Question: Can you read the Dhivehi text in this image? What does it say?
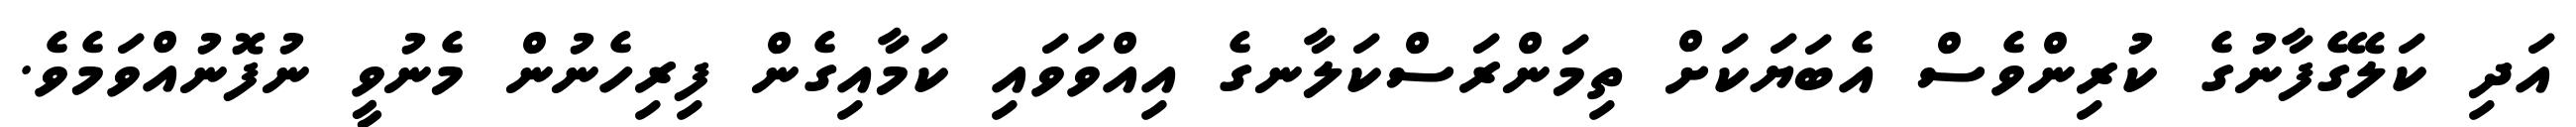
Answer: އަދި ކަލޭގެފާނުގެ ކުރިންވެސް އެބަޔަކަށް ތިމަންރަސްކަލާނގެ އިއްވަވައި ކަމާއިގެން ފިރިހެނުން މެނުވީ ނުފޮނުއްވަމެވެ.